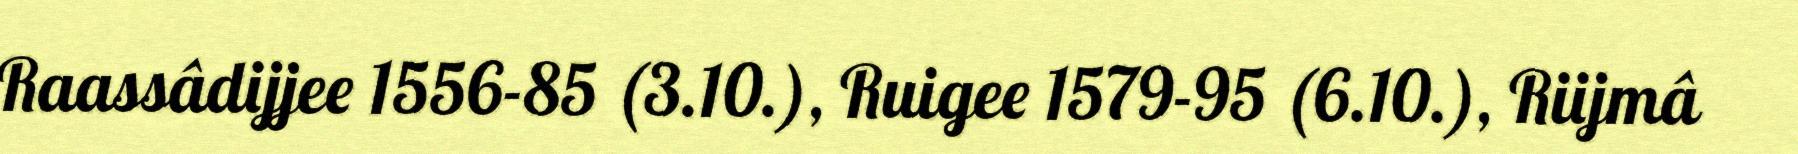
Raassâdijjee 1556-85 (3.10.), Ruigee 1579-95 (6.10.), Riijmâ